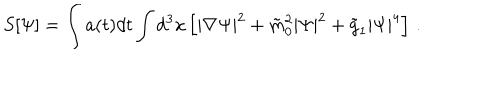
LaTeX: S [ \Psi ] = \int a ( t ) d t \int d ^ { 3 } x \left[ | \nabla \Psi | ^ { 2 } + \tilde { m } _ { 0 } ^ { 2 } | \Psi | ^ { 2 } + \tilde { g } _ { 1 } | \Psi | ^ { 4 } \right] \, .